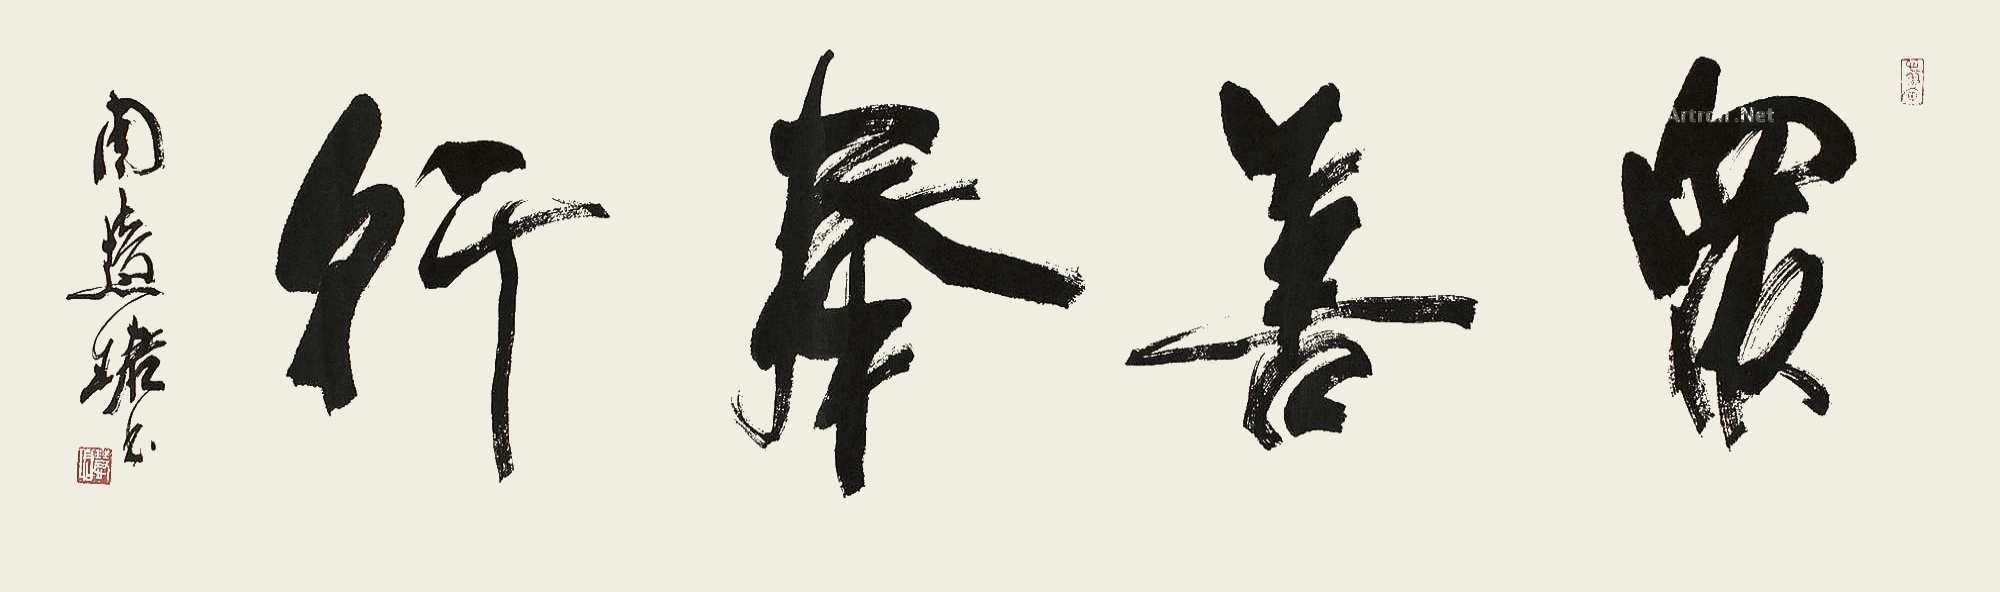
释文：众善奉行。周慧珺书。